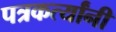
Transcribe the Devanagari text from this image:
पत्रकर्त्यांनी